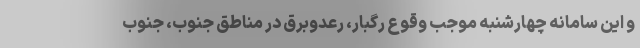
و این سامانه چهارشنبه موجب وقوع رگبار، رعد‌وبرق در مناطق جنوب، جنوب